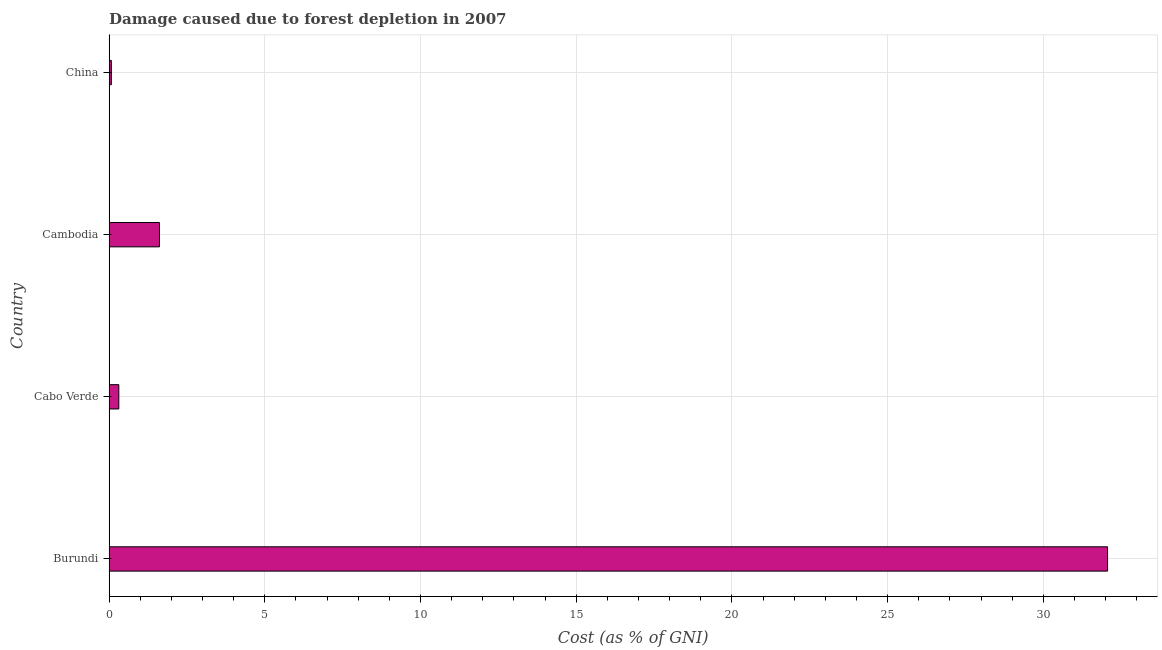
| Country | net forest depletion |
 | --- | --- |
 | Burundi | 32.1 |
 | Cabo Verde | 0.313 |
 | Cambodia | 1.62 |
 | China | 0.0734 |